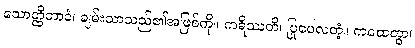
သောတ္ထိဘာဝံ၊ ချမ်းသာသည်၏အဖြစ်ကို။ ကရိဿတိ၊ ပြုပေလတံ့။ ကထေတွာ၊